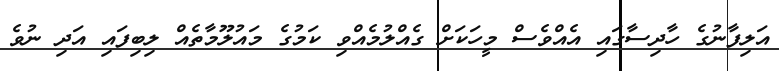
އަލިފާނުގެ ހާދިސާގައި އެއްވެސް މީހަކަށް ގެއްލުމެއްވި ކަމުގެ މައުލޫމާތެއް ލިބިފައި އަދި ނުވެ